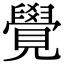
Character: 覺